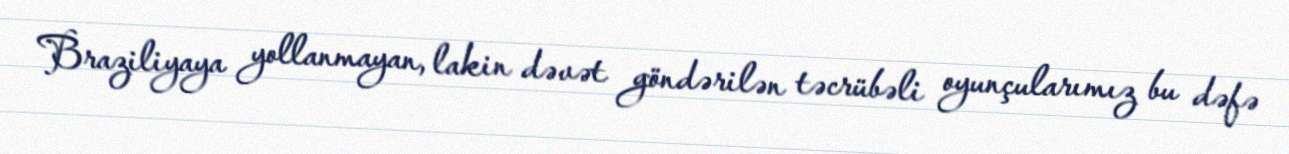
Braziliyaya yollanmayan, lakin dəvət göndərilən təcrübəli oyunçularımız bu dəfə